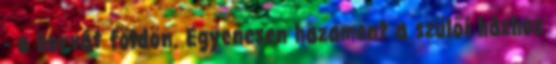
- a horvát földön. Egyenesen hazament a szülői házhoz